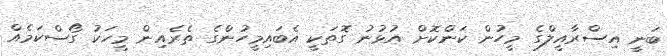
ބަނީ އިސްރާއީލްގެ މީހުން ކަންކޮށް އުޅުނު ގޮތަކީ އެބައިމީހުންގެ ތެރެއިން މީހަކު ގޯސްކަމެއް